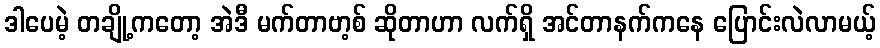
ဒါပေမဲ့ တချို့ကတော့ အဲဒီ မက်တာဗာ့စ် ဆိုတာဟာ လက်ရှိ အင်တာနက်ကနေ ပြောင်းလဲလာမယ့်